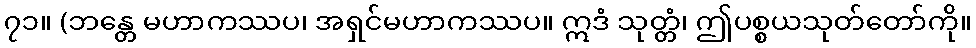
၇၁။ (ဘန္တေ မဟာကဿပ၊ အရှင်မဟာကဿပ။ ဣဒံ သုတ္တံ၊ ဤပစ္စယသုတ်တော်ကို။